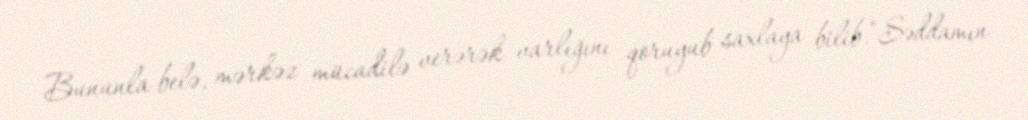
Bununla belə, mərkəz mücadilə verərək varlığını qoruyub saxlaya bilib.“Səddamın